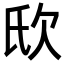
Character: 𣢎